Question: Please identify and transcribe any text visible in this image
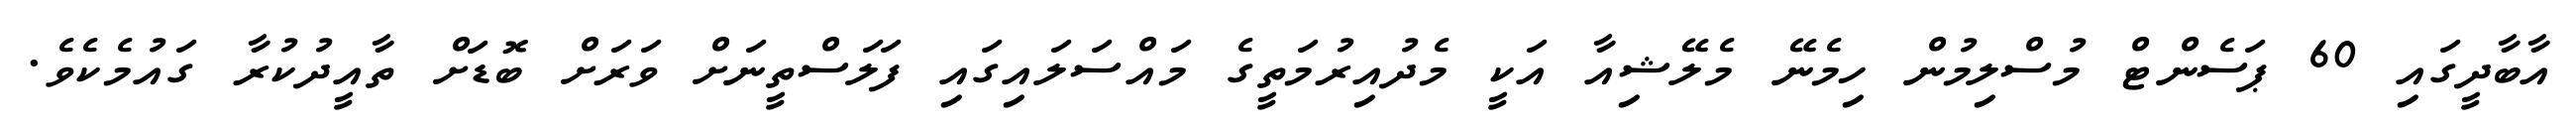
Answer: އާބާދީގައި 60 ޕަސެންޓް މުސްލިމުން ހިމެނޭ މެލޭޝިއާ އަކީ މެދުއިރުމަތީގެ މައްސަލައިގައި ފަލަސްތީނަށް ވަރަށް ބޮޑަށް ތާއީދުކުރާ ގައުމެކެވެ.